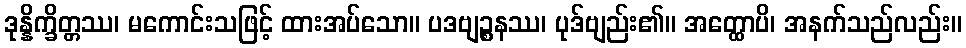
ဒုန္နိက္ခိတ္တဿ၊ မကောင်းသဖြင့် ထားအပ်သော။ ပဒဗျဉ္စနဿ၊ ပုဒ်ဗျည်း၏။ အတ္ထောပိ၊ အနက်သည်လည်း။